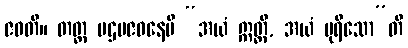
ဇဝတိ။ တတ္ထ ပဌမဇဝနေပိ “အယံ ဣတ္ထီ, အယံ ပုရိသော”တိ